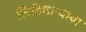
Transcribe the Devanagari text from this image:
लिहिणार्‍याया